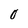
Character: 0